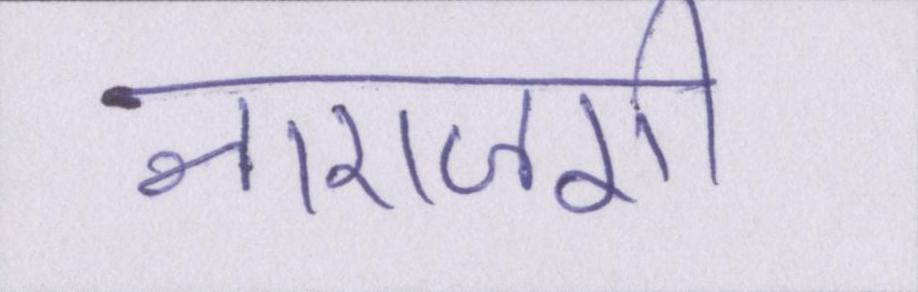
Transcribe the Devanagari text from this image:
नाराजगी